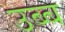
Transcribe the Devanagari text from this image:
उब्ब